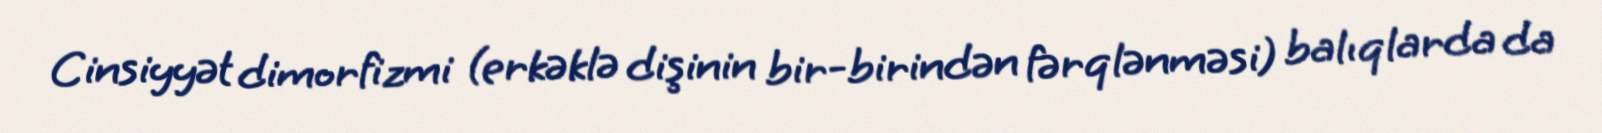
Cinsiyyət dimorfizmi (erkəklə dişinin bir-birindən fərqlənməsi) balıqlarda da